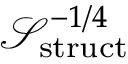
\ensuremath { \mathcal { S } } _ { \mathrm { s t r u c t } } ^ { - 1 / 4 }